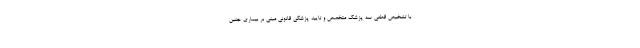
با تشخیص قطعی سه پزشک متخصص و تایید پزشکی قانونی مبنی بر بیماری جنین